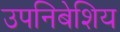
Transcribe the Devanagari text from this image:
उपनिबेशिय